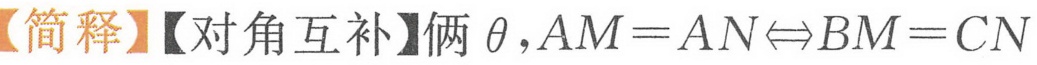
【简释】【对角互补】俩 \(\theta\)，\(AM = AN\Leftrightarrow BM = CN\)